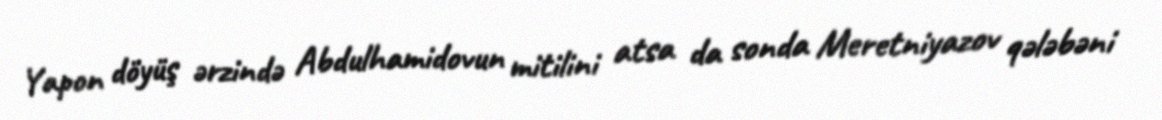
Yapon döyüş ərzində Abdulhamidovun mitilini atsa da sonda Meretniyazov qələbəni